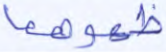
ظهورهما